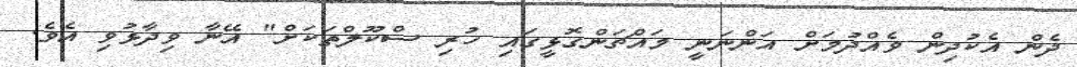
ދެން އެކުދިން ވެއްދުމަށް އަންނަނީ މައްޗަންގޮޅީގައި ހުރި ސްކޫލްތަކަށް" އޭނާ ވިދާޅުވި އެވެ.